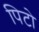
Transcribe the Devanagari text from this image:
पिटो